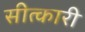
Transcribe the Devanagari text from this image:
सीत्कारी